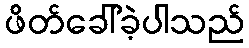
ဖိတ်ခေါ်ခဲ့ပါသည်